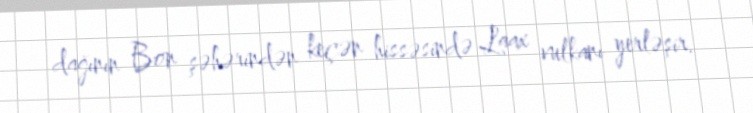
dağının Bon şəhərindən keçən hissəsində Laax vulkanı yerləşir.